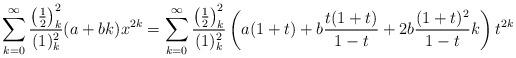
LaTeX: \begin{align*}\sum_{k=0}^{\infty} \frac{\left(\frac12\right)_k^2}{(1)_k^2} (a+bk) x^{2k}=\sum_{k=0}^{\infty} \frac{\left(\frac12\right)_k^2}{(1)_k^2} \left( a(1+t)+b\frac{t(1+t)}{1-t} + 2b\frac{(1+t)^2}{1-t} k \right) t^{2k}\end{align*}